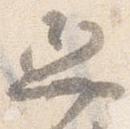
舁